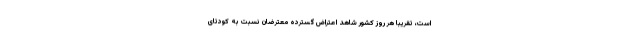
است، تقریباً هر روز کشور شاهد اعتراض گسترده معترضان نسبت به کودتای